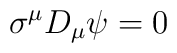
\sigma^{\mu} D_{\mu} \psi = 0